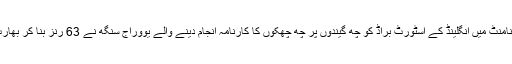
اس مقام پر گمبھیر اور اسی ٹورنامنٹ میں انگلینڈ کے اسٹورٹ براڈ کو چھ گیندوں پر چھ چھکوں کا کارنامہ انجام دینے والے یووراج سنگھ نے 63 رنز بنا کر بھارت کو اچھی پوزیشن پر پہنچا دیا۔